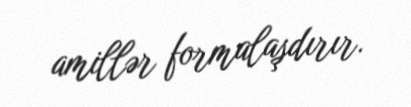
amillər formalaşdırır.